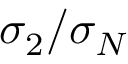
\sigma _ { 2 } / \sigma _ { N }